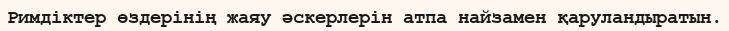
Римдіктер өздерінің жаяу әскерлерін атпа найзамен қаруландыратын.